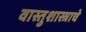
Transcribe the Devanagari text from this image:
वास्तुशास्त्राचे